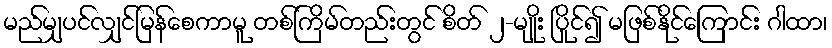
မည်မျှပင်လျှင်မြန်စေကာမူ တစ်ကြိမ်တည်းတွင် စိတ် ၂-မျိုး ပြိုင်၍ မဖြစ်နိုင်ကြောင်း ဂါထာ၊